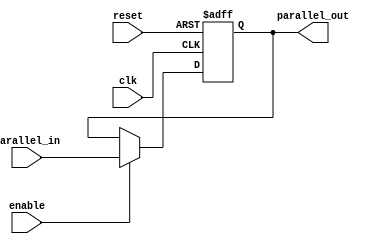
module piporegister (
  input wire clk,
  input wire reset,
  input wire [7:0] parallel_in,
  input wire enable,
  output reg [7:0] parallel_out
);

  always @(posedge clk or posedge reset) begin
    if (reset)
      parallel_out <= 8'b00000000;
    else if (enable)
      parallel_out <= parallel_in;
  end

endmodule